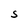
Character: S